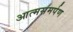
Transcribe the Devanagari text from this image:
आत्‍मसमर्पण